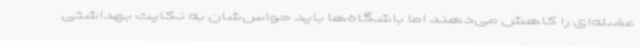
عضله‌ای را کاهش می‌دهند اما باشگاه‌ها باید حواس‌شان به نکایت بهداشتی